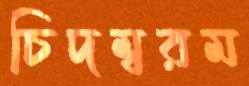
চিদম্বরম